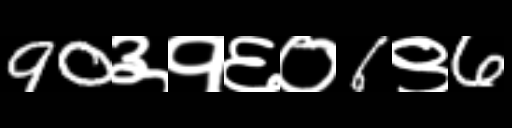
Text: 90३१६०6९6